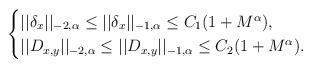
LaTeX: \begin{align*}\begin{cases}|| \delta_{x} ||_{-2,\alpha}\leq || \delta_{x} ||_{-1,\alpha} \leq C_{1} (1+ M^{\alpha}),\\|| D_{x,y} ||_{-2,\alpha}\leq || D_{x,y} ||_{-1,\alpha} \leq C_{2} (1+ M^{\alpha}).\end{cases}\end{align*}